Medical and sanitary report on the native army of Bombay for the year
Year: 1879
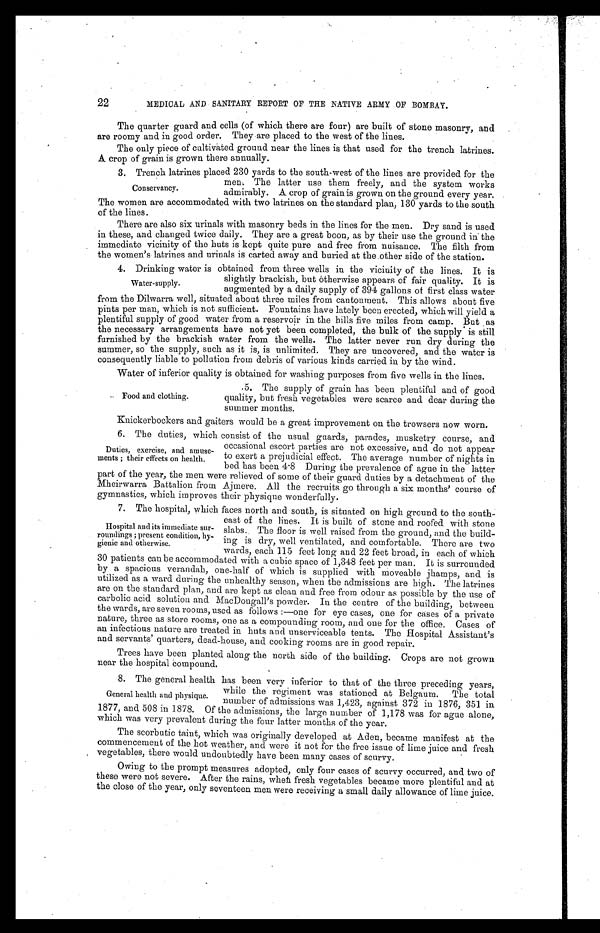
22
MEDICAL AND SANITARY REPORT OF THE NATIVE ARMY OF BOMBAY.
The quarter guard and cells (of which there are four) are built of stone masonry, and
are roomy and in good order. They are placed to the west of the lines.
The only piece of cultivated ground near the lines is that used for the trench latrines.
A crop of grain is grown there annually.
3. Trench latrines placed 230 yards to the south-west of the lines are provided for the
men. The latter use them freely, and the system works
admirably. A crop of grain is grown on the ground every year.
The women are accommodated with two latrines on the standard plan, 130 yards to the south
of the lines.
There are also six urinals with masonry beds in the lines for the men. Dry sand is used
in these, and changed twice daily. They are a great boon, as by their use the ground in the
immediate vicinity of the huts is kept quite pure and free from nuisance. The filth from
the women's latrines and urinals is carted away and buried at the other side of the station.
4. Drinking water is obtained from three wells in the vicinity of the lines. It is
slightly brackish, but otherwise appears of fair quality. It is
augmented by a daily supply of 394 gallons of first class water
from the Dilwarra well, situated about three miles from cantonment. This allows about five
pints per man, which is not sufficient. Fountains have lately been erected, which will yield a
plentiful supply of good water from a reservoir in the hills five miles from camp. But as
the necessary arrangements have not yet been completed, the bulk of the supply is still
furnished by the brackish water from the wells. The latter never run dry during the
summer, so the supply, such as it is, is unlimited. They are uncovered, and the water is
consequently liable to pollution from debris of various kinds carried in by the wind.
Water of inferior quality is obtained for washing purposes from five wells in the lines.
Conservancy.
Water-supply.
Food and clothing.
5. The supply of grain has been plentiful and of good
quality, but fresh vegetables were scarce and dear during the
summer months.
Knickerbockers and gaiters would be a great improvement on the trowsers now worn.
6. The duties, which consist of the usual guards, parades, musketry course, and
occasional escort parties are not excessive, and do not appear
to exert a prejudicial effect. The average number of nights in
bed has been 4·8 During the prevalence of ague in the latter
part of the year, the men were relieved of some of their guard duties by a detachment of the
Mheirwarra Battalion from Ajmere. All the recruits go through a six months' course of
gymnastics, which improves their physique wonderfully.
7. The hospital, which faces north and south, is situated on high ground to the south-
-east of the lines. It is built of stone and roofed with stone
slabs. The floor is well raised from the ground, and the build
-ing is dry, well ventilated, and comfortable. There are two
wards, each 115 feet long and 22 feet broad, in each of which
30 patients can be accommodated with a cubic space of 1,348 feet per man. It is surrounded
by a spacious verandah, one-half of which is supplied with moveable jhamps, and is
utilized as a ward during the unhealthy season, when the admissions are high. The latrines
are on the standard plan, and are kept as clean and free from odour as possible by the use of
carbolic acid solution and MacDougall's powder. In the centre of the building, between
the wards, are seven rooms, used as follows:—one for eye cases, one for cases of a private
nature, three as store rooms, one as a compounding room, and one for the office. Cases of
an infectious nature are treated in huts and unserviceable tents. The Hospital Assistant's
and servants' quarters, dead-house, and cooking rooms are in good repair.
Trees have been planted along the north side of the building. Crops are not grown
near the hospital 'compound.
8. The general health has been very inferior to that of the three preceding years,
while the regiment was stationed at Belgaum. The total
number of admissions was 1,423, against 372 in 1876, 351 in
1877, and 508 in 1878. Of the admissions, the large number of 1,178 was for ague alone,
which was very prevalent during the four latter months of the year.
The scorbutic taint, which was originally developed at Aden, became manifest at the
commencement of the hot weather and were it not for the free issue of lime juice and fresh
vegetables, there would undoubtedly have been many cases of scurvy.
Owing to the prompt measures adopted, only four cases of scurvy occurred, and two of
these were not severe. After the rains, when fresh vegetables became more plentiful and at
the close of the year, only seventeen men were receiving a small daily allowance of lime juice.
Duties, exercise, and amuse-
-ments; their effects on health.
Hospital and its immediate sur
-roundings; present condition, hy
-gienic and otherwise.
General health and physique.